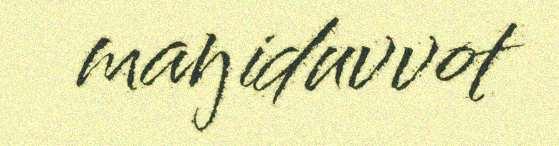
maŋiduvvot